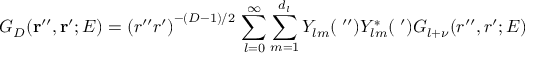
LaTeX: G _ { D } ( { \bf r ^ { \prime \prime } } , { \bf r ^ { \prime } } ; E ) = \left( r ^ { \prime \prime } r ^ { \prime } \right) ^ { - ( D - 1 ) / 2 } \, \sum _ { l = 0 } ^ { \infty } \sum _ { m = 1 } ^ { d _ { l } } Y _ { l m } ( { \bf \Omega ^ { \prime \prime } } ) Y _ { l m } ^ { * } ( { \bf \Omega ^ { \prime } } ) G _ { l + \nu } ( r ^ { \prime \prime } , r ^ { \prime } ; E ) \;